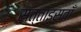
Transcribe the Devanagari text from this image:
सत्ताइसवाँ